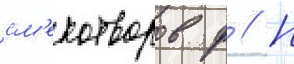
см'ехотворов ф // Н